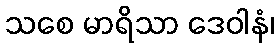
သစေ မာရိသာ ဒေဝါနံ၊